Scottish Leaving Certificate Examination, 1959
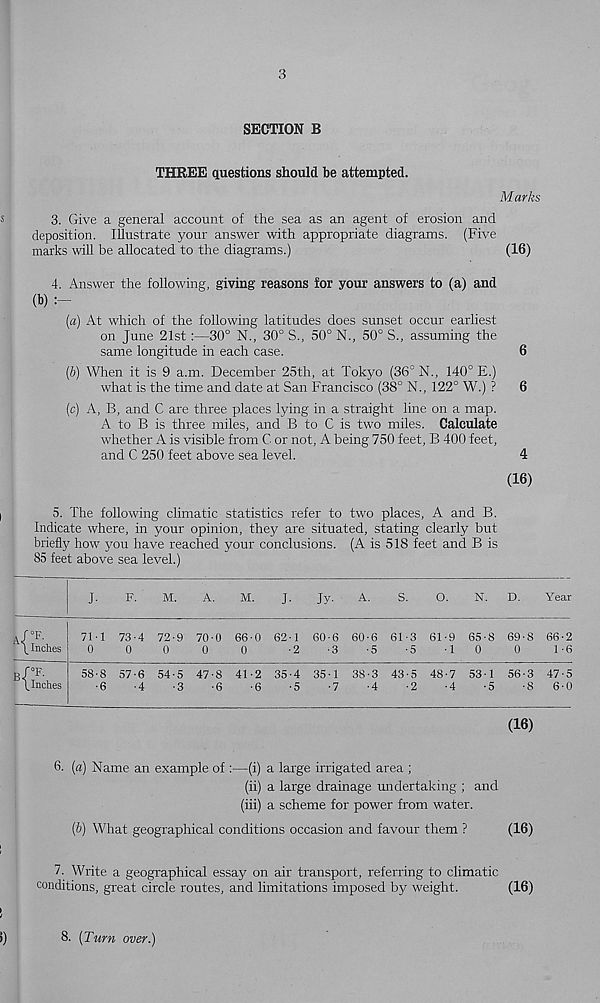
3
SECTION B
THREE questions should be attempted.
Marks
3. Give a general account of the sea as an agent of erosion and
deposition. Illustrate your answer with appropriate diagrams. (Five
marks will be allocated to the diagrams.)
(16)
4. Answer the following, giving reasons for your answers to (a) and
(b) :—
(a) At which of the following latitudes does sunset occur earliest
on June 21st:—30° N., 30° S., 50° N., 50° S., assuming the
same longitude in each case.
6
(b) When it is 9 a.m. December 25th, at Tokyo (36° N., 140° E.)
what is the time and date at San Francisco (38° N., 122° W.) ?
6
(c) A, B, and C are three places lying in a straight line on a map.
A to B is three miles, and B to C is two miles. Calculate
whether A is visible from C or not, A being 750 feet, B 400 feet,
and C 250 feet above sea level.
4
(16)
5. The following climatic statistics refer to two places, A and B.
Indicate where, in your opinion, they are situated, stating clearly but
briefly how you have reached your conclusions. (A is 518 feet and B is
85 feet above sea level.)
J.
F.
M.
A.
M.
J-
Jy-
A.
S.
o.
N. D.
Year
I Inches
71 • 1
0
73-4
0
72-9 70-0
0
0
66-0 62-1
0
-2
60-6 60-6 61-3 61-9
■ 3
-5
-5
-1
65-8
0
69-8 66-2
0
1-6
3 /°F-
finches
58-8 57-6 54-5 47-8 41-2 35-4 35-1
•6
-4
-3
-6
-6
-5
-7
38-3 43-5 48-7
■ 4
-2
-4
53-1
•5
56-3
■ 8
47-5
6-0
(16)
6. [a) Name an example of :—(i) a large irrigated area ;
(ii) a large drainage undertaking ; and
(iii) a scheme for power from water.
(i>) What geographical conditions occasion and favour them ?
(16)
7. Write a geographical essay on air transport, referring to climatic
conditions, great circle routes, and limitations imposed by weight.
(16)
8. [Turn over.)